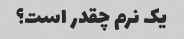
یک نرم چقدر است؟